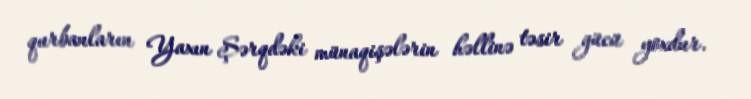
qurbanların Yaxın Şərqdəki münaqişələrin həllinə təsir gücü yoxdur.